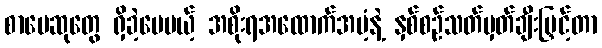
စာပေဆုတွေ ရှိခဲ့ပေမယ့် အစိုးရအထောက်အပံ့နဲ့ နှစ်စဉ်သတ်မှတ်ချီးမြှင့်တာ